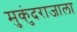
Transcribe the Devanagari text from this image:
मुकुंदराजाला